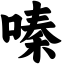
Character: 嗪